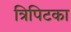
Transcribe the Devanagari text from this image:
त्रिपिटका